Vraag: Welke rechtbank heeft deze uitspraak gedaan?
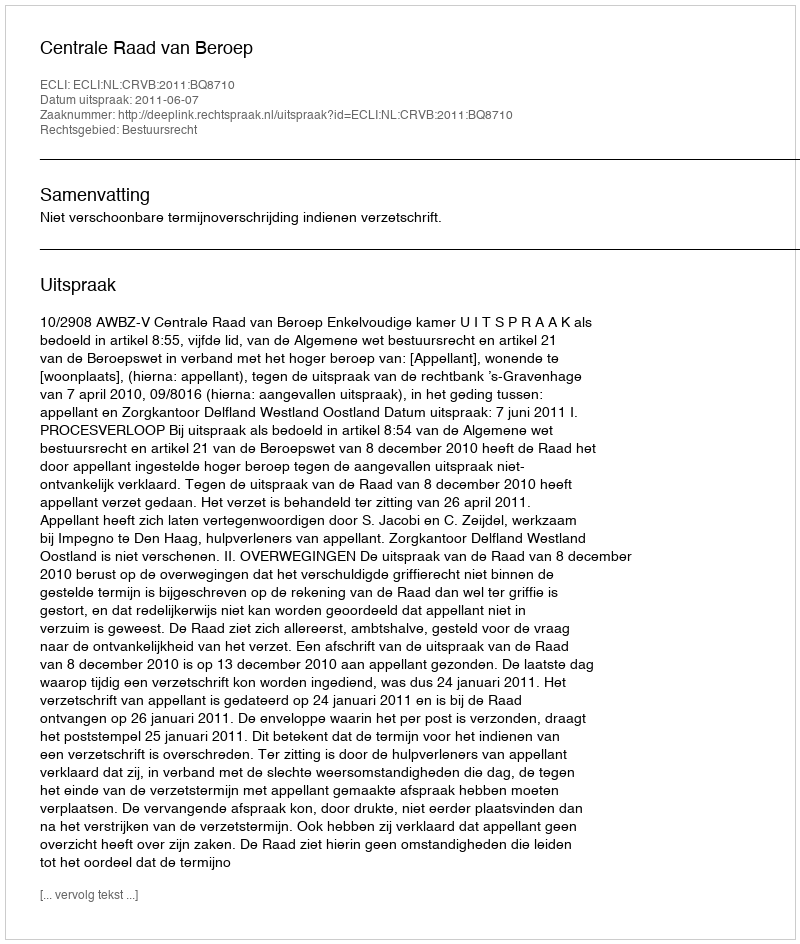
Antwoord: Centrale Raad van Beroep